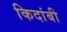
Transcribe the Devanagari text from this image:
किदांबी